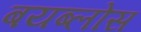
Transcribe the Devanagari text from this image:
बयब्लोस